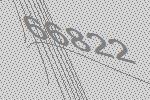
66822